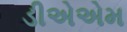
ડીએએમ